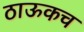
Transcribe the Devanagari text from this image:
ठाऊकच